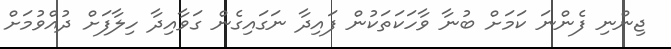
ޖިންނި ފެންނަ ކަމަށް ބުނާ ވާހަކަތަކުން ފައިދާ ނަގައިގެން ގަވާއިދާ ހިލާފަށް ދުއްވުމަށް